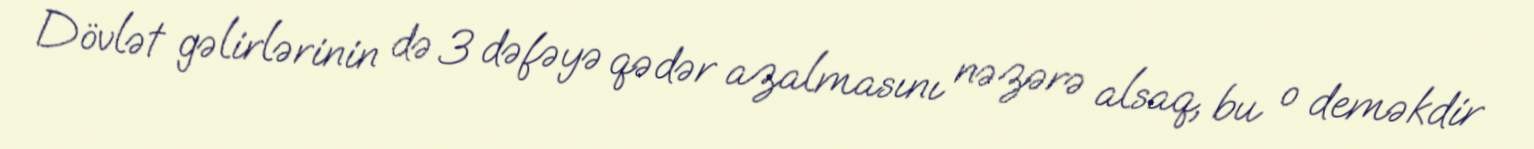
Dövlət gəlirlərinin də 3 dəfəyə qədər azalmasını nəzərə alsaq, bu o deməkdir